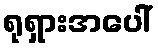
ရုရှားအပေါ်